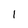
Character: 1